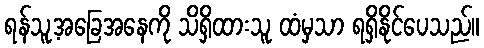
ရန်သူ့အခြေအနေကို သိရှိထားသူ ထံမှသာ ရရှိနိုင်ပေသည်။